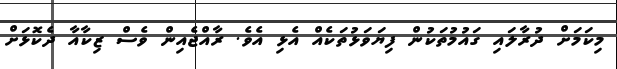
މިކަމަށް ދުރާލައި ގައުމުތަކުން ފިޔަވަޅުތަކެއް އެޅި އެވެ. ރާއްޖެއިން ވެސް ޒިކާއާ ދެކޮޅަށް